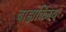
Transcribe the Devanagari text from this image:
बाह्यविजय